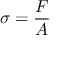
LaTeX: \sigma = { \frac { F } { A } }